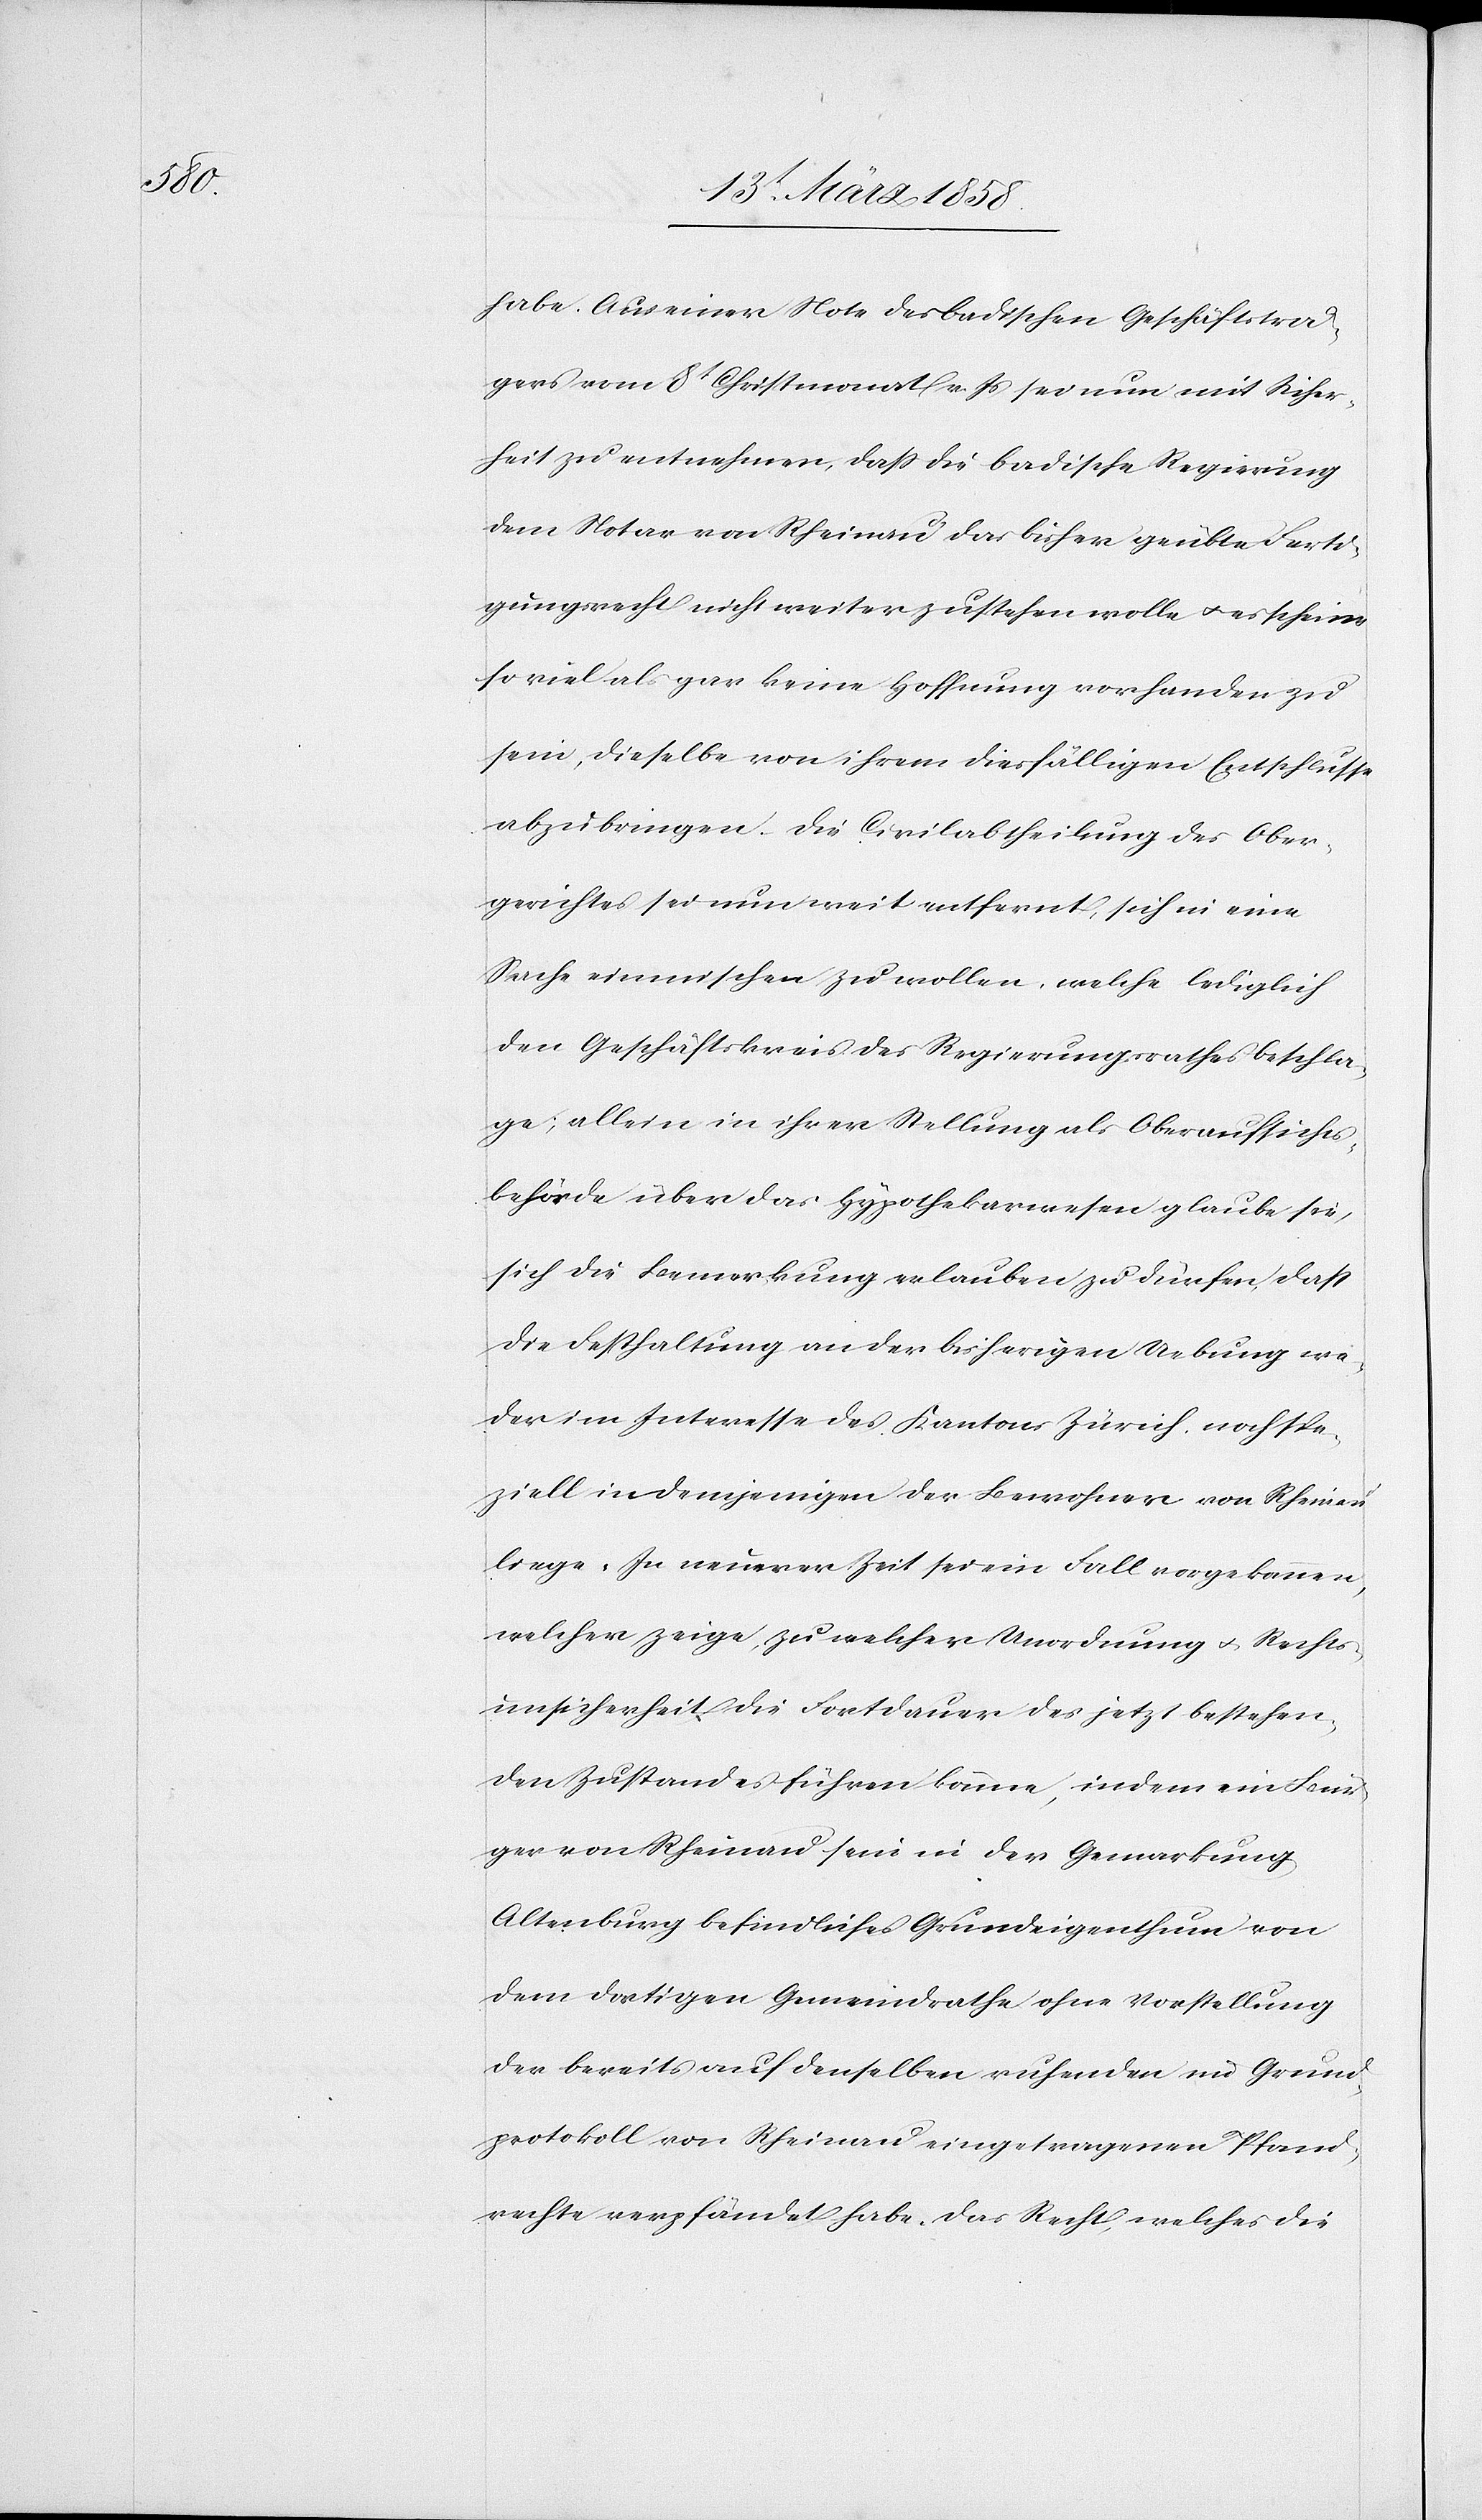
habe. Aus einer Note des badischen Geschäftsträ¬
gers vom 8t Christmonat v. Js. sei nun mit Sicher¬
heit zu entnehmen, daß die badische Regierung
dem Notar von Rheinau das bisher geübte Ferti¬
gungsrecht nicht weiter zustehen wolle u. es scheine
so viel als gar keine Hoffnung vorhanden zu
sein, dieselbe von ihrem diesfälligen Entschlusse
abzubringen. Die Civilabtheilung des Ober¬
gerichtes sei nun weit entfernt, sich in eine
Sache einmischen zu wollen, welche lediglich
den Geschäftskreis des Regierungsrathes beschla¬
ge; allein in ihrer Stellung als Oberaufsichts¬
behörde über das Hypothekarwesen glaube sie,
sich die Bemerkung erlauben zu dürfen, daß
die Festhaltung an der bisherigen Uebung we¬
der im Interesse des Kantons Zürich noch spe¬
ziell in demjenigen der Bewohner von Rheinau
liege. In neuerer Zeit sei ein Fall vorgekommen,
welcher zeige, zu welcher Unordnung u. Rechts¬
unsicherheit die Fortdauer des jetzt bestehen¬
den Zustandes führen könne, indem ein Bür¬
ger von Rheinau sein in der Gemarkung
Altenburg befindliches Grundeigenthum von
dem dortigen Gemeindrathe ohne Vorstellung
der bereits auf denselben ruhenden im Grund¬
protokoll von Rheinau eingetragenen Pfand¬
rechte verpfändet habe. Das Recht, welches die